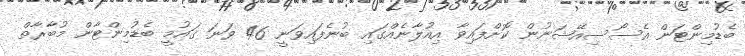
ބެޑުމިންޓަން އެސޯސިއޭޝަނުން ކޮށްފައިވާ އިއުލާނެއްގައި ބުނެފައިވަނީ 46 ވަނަ ގައުމީ ބެޑުމިންޓާން މުބާރާތް